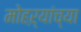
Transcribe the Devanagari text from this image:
मोहऱ्यांच्या